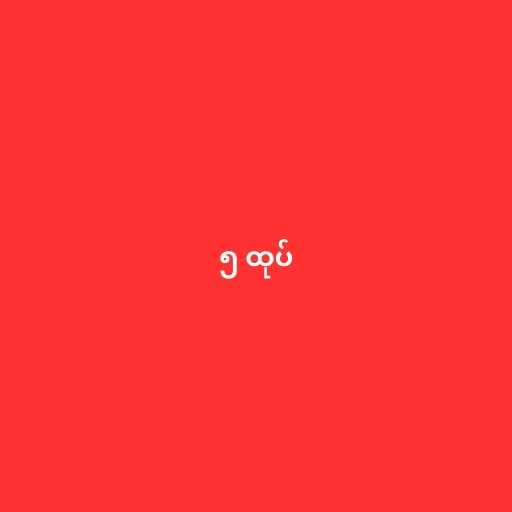
၅ ထုပ်